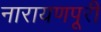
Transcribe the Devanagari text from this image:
नारायणपूरी